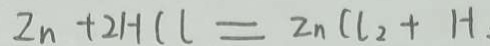
Z n + 2 H C l = Z n ( l _ { 2 } + H .